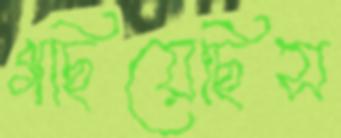
গছিয়েছিস